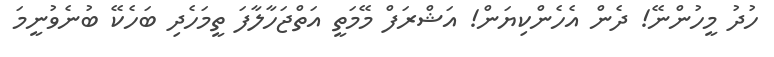
ހުދު މީހުންނޭ! ދެން އެހެންކިޔަން! އަޝްރަފް މޭމަތީ އަތްޖަހާލާފަ ތީމަހެދި ބަހެކޭ ބުނެވުނީމަ